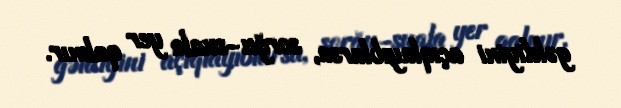
gəldiyini açıqlayıblarsa, sorğu-suala yer qalmır.